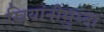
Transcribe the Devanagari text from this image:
स्त्रियांनीसुध्दा